Document type: Sale
Year: 1290
Scribe: Miquel Rotllan
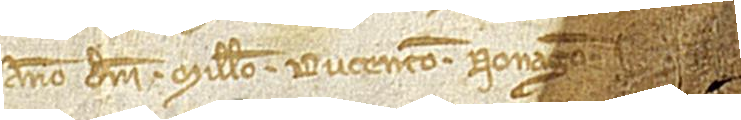
anno Domini millesimo ducentesimo nonagesimo.